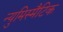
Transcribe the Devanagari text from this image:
न्युमिस्मैटिक